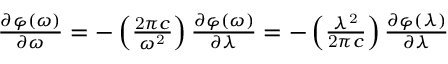
{ \begin{array} { l } { { \frac { \partial \varphi \mathrm { ( } \omega \mathrm { ) } } { \partial \omega } } = { - } \left( { \frac { \mathrm { 2 } \pi c } { { \omega } ^ { \mathrm { 2 } } } } \right) { \frac { \partial \varphi \mathrm { ( } \omega \mathrm { ) } } { \partial \lambda } } = { - } \left( { \frac { { \lambda } ^ { \mathrm { 2 } } } { \mathrm { 2 } \pi c } } \right) { \frac { \partial \varphi \mathrm { ( } \lambda \mathrm { ) } } { \partial \lambda } } } \end{array} }